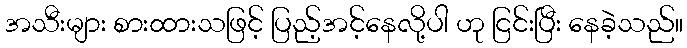
အသီးများ စားထားသဖြင့် ပြည့်အင့်နေလို့ပါ ဟု ငြင်းပြီး နေခဲ့သည်။